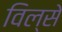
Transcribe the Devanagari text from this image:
विल्से